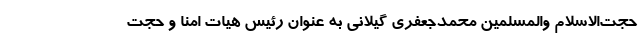
حجت‌الاسلام والمسلمین محمدجعفری گیلانی به عنوان رئیس هیات امنا و حجت